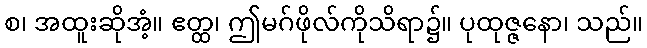
စ၊ အထူးဆိုအံ့။ ဧတ္ထ၊ ဤမဂ်ဖိုလ်ကိုသိရာ၌။ ပုထုဇ္ဇနော၊ သည်။